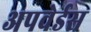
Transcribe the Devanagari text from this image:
अपवेर्डस